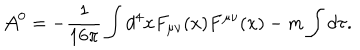
LaTeX: { \cal A } ^ { 0 } = - \frac { 1 } { 1 6 \pi } \int d ^ { 4 } x F _ { \mu \nu } ( x ) F ^ { \mu \nu } ( x ) - m \int d \tau .